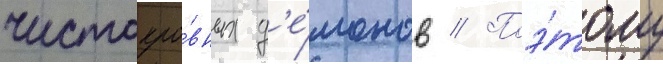
чистокро́вных д'е́монов // Поэ́тому